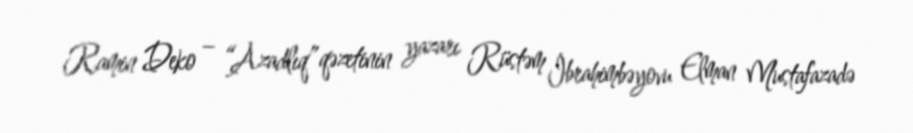
Ramin Deko – “Azadlıq” qəzetinin yazarı Rüstəm İbrahimbəyovu Elman Mustafazadə